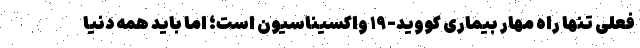
فعلی تنها راه مهار بیماری کووید-۱۹ واکسیناسیون است؛ اما باید همه دنیا